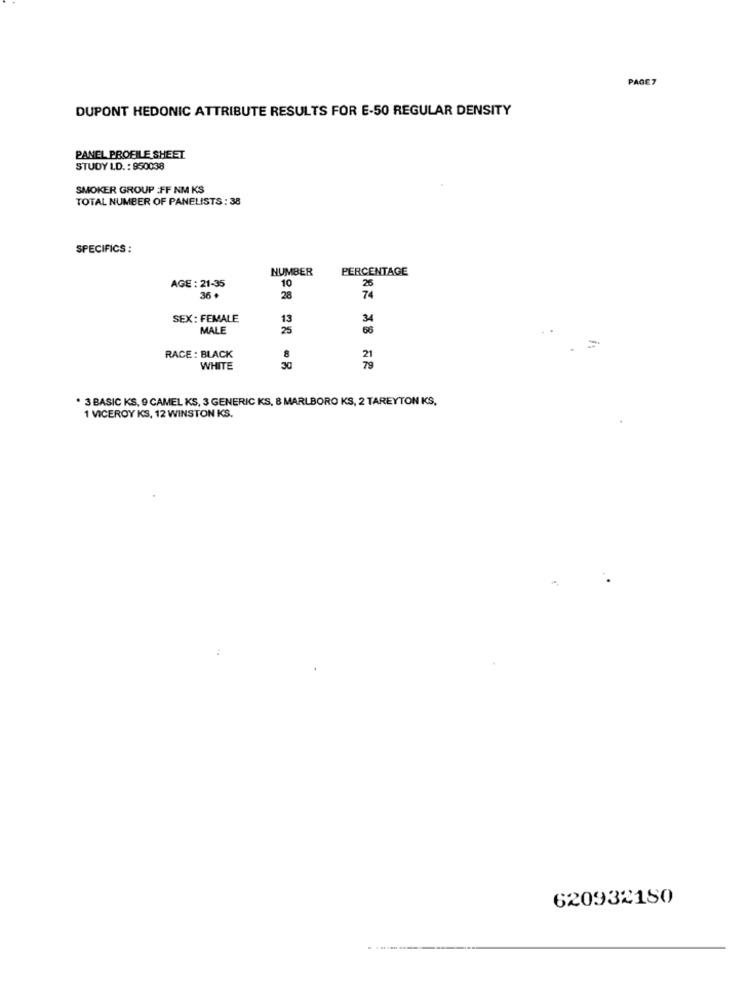
PAGE7
DUPONT HEDONIC ATTRIBUTE RESULTS FOR E-50 REGULAR DENSITY
PANEL PROFILE SHEET
STUDY LD. : 950038
SMOKER GROUP :FF NM KS
TOTAL NUMBER OF PANELISTS : 38
SPECIFICS :
NUMBER
PERCENTAGE
AGE : 21-35
10
26
36
28
74
SEX: FEMALE
13
34
MALE
25
66
RACE : BLACK
21
WHITE
30
* 3 BASIC KS, 9 CAMEL KS, 3 GENERIC KS, 8 MARLBORO KS, 2 TAREYTON KS,
1 VICEROY KS, 12 WINSTON KS.
620932180